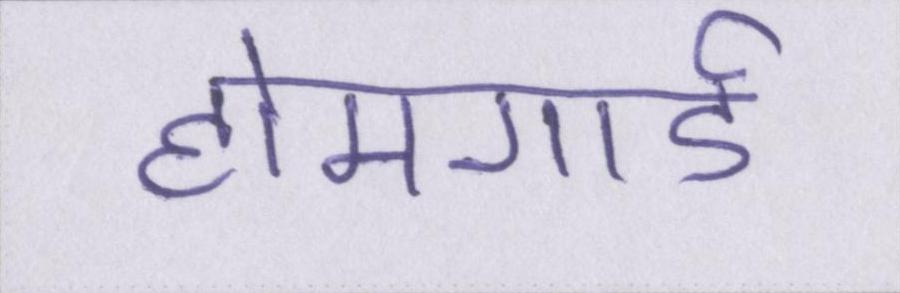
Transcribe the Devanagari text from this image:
होमगार्ड